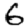
Digit: 6